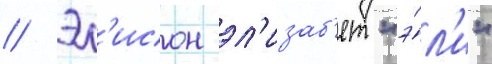
// Эл'исон эл'изаб'ет "э́л'и"